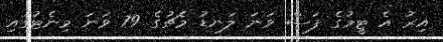
އިރު އެ ޓީމުގެ ފަސް ވަނަ ލަނޑު މެޗުގެ 79 ވަނަ މިނެޓުގައި